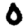
Digit: 0